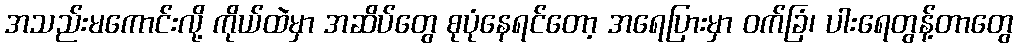
အသည်းမကောင်းလို့ ကိုယ်ထဲမှာ အဆိပ်တွေ စုပုံနေရင်တော့ အရေပြားမှာ ဝက်ခြံ၊ ပါးရေတွန့်တာတွေ